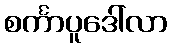
စင်္ကာပူဒေါ်လာ